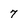
Character: 7